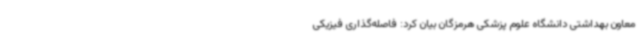
معاون بهداشتی دانشگاه علوم پزشکی هرمزگان بیان کرد: فاصله‌گذاری فیزیکی